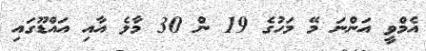
އެމްވީ އަންނަ މޭ މަހުގެ 19 ން 30 މާލެ އާއި އައްޑޫގައި